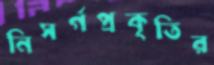
নিসর্গপ্রকৃতির